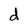
Character: d